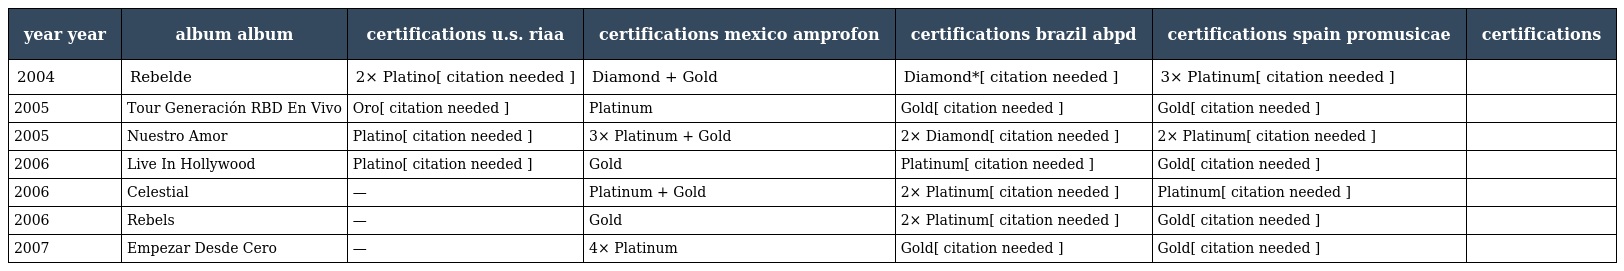
| year year | album album | certifications u.s. riaa | certifications mexico amprofon | certifications brazil abpd | certifications spain promusicae | certifications |
 | --- | --- | --- | --- | --- | --- | --- |
 | 2004 | Rebelde | 2× Platino[ citation needed ] | Diamond + Gold | Diamond*[ citation needed ] | 3× Platinum[ citation needed ] |  |
 | 2005 | Tour Generación RBD En Vivo | Oro[ citation needed ] | Platinum | Gold[ citation needed ] | Gold[ citation needed ] |  |
 | 2005 | Nuestro Amor | Platino[ citation needed ] | 3× Platinum + Gold | 2× Diamond[ citation needed ] | 2× Platinum[ citation needed ] |  |
 | 2006 | Live In Hollywood | Platino[ citation needed ] | Gold | Platinum[ citation needed ] | Gold[ citation needed ] |  |
 | 2006 | Celestial | — | Platinum + Gold | 2× Platinum[ citation needed ] | Platinum[ citation needed ] |  |
 | 2006 | Rebels | — | Gold | 2× Platinum[ citation needed ] | Gold[ citation needed ] |  |
 | 2007 | Empezar Desde Cero | — | 4× Platinum | Gold[ citation needed ] | Gold[ citation needed ] |  |